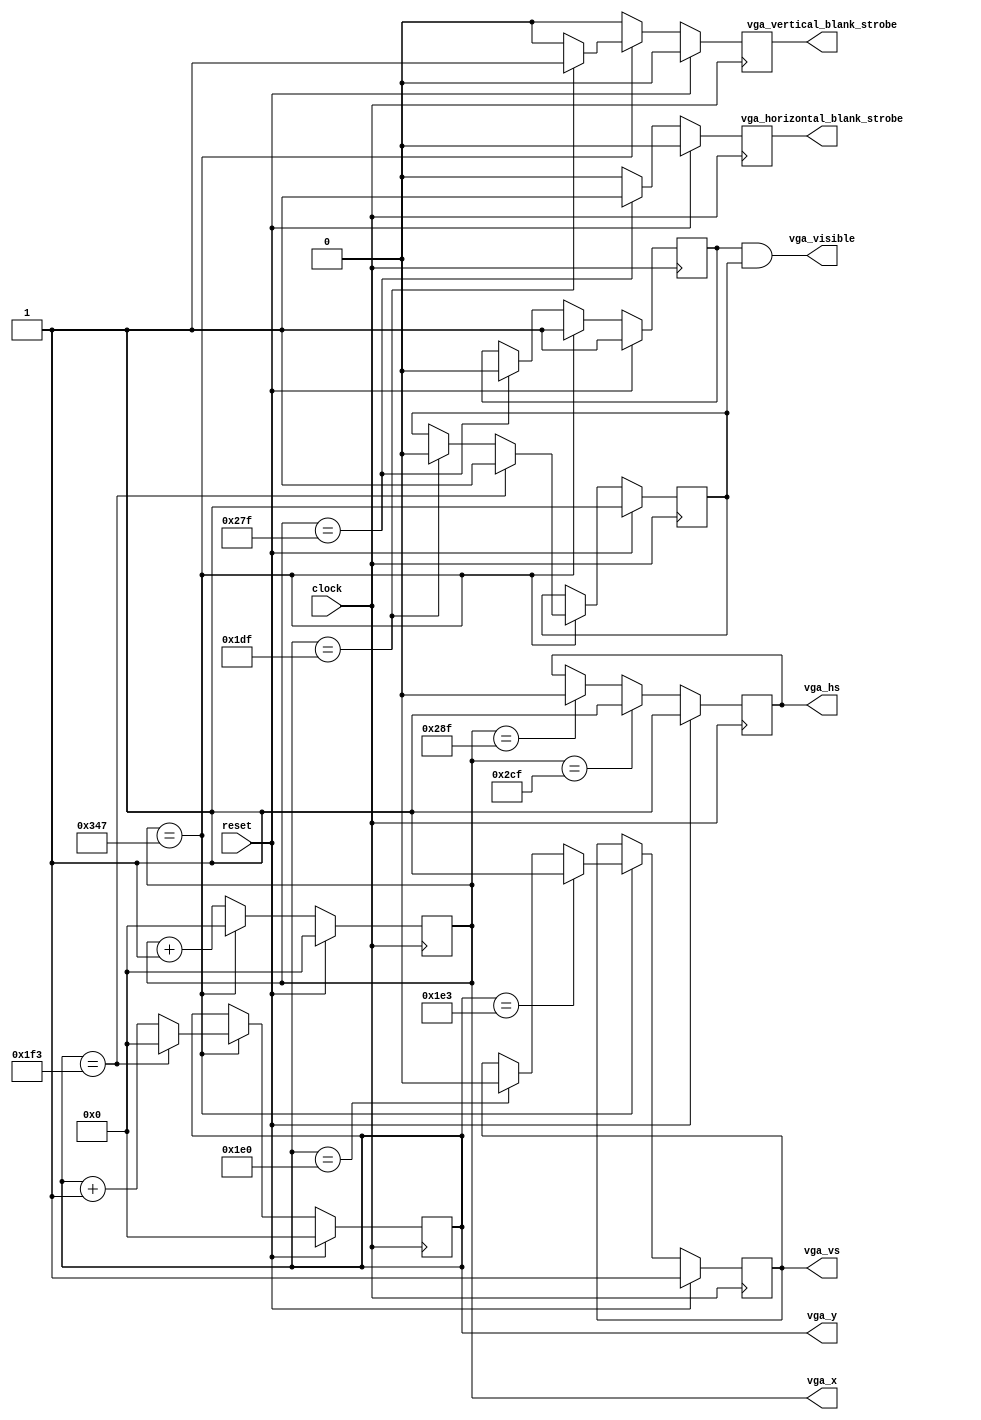
`default_nettype none
`timescale 1ns / 1ps

// https://www.mythtv.org/wiki/Modeline_Database#VESA_ModePool
// 640 	480 	75 Hz 	37.5 kHz 	ModeLine "640x480" 31.50 640 656 720 840 480 481 484 500 -HSync -VSync

// The implementation of the VGA timing signals is very naive, but
// this way is easy to understand and immediately relatable to the
// ModeLine parameters.
//
// Pixels are visible if vga_visible
// vga_horizontal_blank_strobe marks the beginning of the horizontal blanking
// vga_vertical_blank_strobe marks the beginning of the vertical blanking
module vga(input  wire      clock,
           input wire       reset,
           output wire      vga_visible,
           output reg       vga_horizontal_blank_strobe, // one clock wide pulse pr line
           output reg       vga_vertical_blank_strobe, // one clock wide pulse pr frame
           output reg       vga_hs,
           output reg       vga_vs,
           output reg [9:0] vga_x,
           output reg [9:0] vga_y );

   parameter      M1 = 10 'd 640;
   parameter      M2 = 10 'd 656;
   parameter      M3 = 10 'd 720;
   parameter      M4 = 10 'd 840;
   parameter      M5 = 10 'd 480;
   parameter      M6 = 10 'd 481;
   parameter      M7 = 10 'd 484;
   parameter      M8 = 10 'd 500;
   parameter      hs_active = 1'd 0; // negative sync
   parameter      vs_active = 1'd 0;

   reg            vga_horizontal_visible, vga_vertical_visible;
   assign vga_visible = vga_horizontal_visible & vga_vertical_visible;

   always @(posedge clock) begin
      vga_vertical_blank_strobe <= 0;
      vga_horizontal_blank_strobe <= 0;

      vga_x <= vga_x + 1;

      if (vga_x == M1-1) begin
         vga_horizontal_blank_strobe <= 1;
         vga_horizontal_visible <= 0;
      end

      if (vga_x == M2-1)
        vga_hs <= hs_active;

      if (vga_x == M3-1)
        vga_hs <= !hs_active;

      if (vga_x == M4-1) begin
         vga_horizontal_visible <= 1;
         vga_x <= 0;
         vga_y <= vga_y + 1;

         if (vga_y == M5-1) begin
            vga_vertical_blank_strobe <= 1;
            vga_vertical_visible <= 0;
         end

         if (vga_y == M6-1)
           vga_vs <= vs_active;

         if (vga_y == M7-1)
           vga_vs <= !vs_active;

         if (vga_y == M8-1) begin
            vga_y <= 0;
            vga_vertical_visible <= 1;
         end
      end

      if (reset) begin
         vga_x <= 0;
         vga_y <= 0;
         vga_hs <= !hs_active;
         vga_vs <= !hs_active;
         vga_vertical_visible <= 1;
         vga_horizontal_visible <= 1;
         vga_vertical_blank_strobe <= 0;
         vga_horizontal_blank_strobe <= 0;
      end
   end
endmodule


`ifdef SIMVGA
module tb;
   reg clock = 1;
   reg reset = 1;
   wire hour_button;
   wire minute_button;
   wire [3:0] debug_sel;

   wire       vga_hs;
   wire       vga_vs;
   wire [7:0] debug_out;

   wire       vga_visible, vga_vertical_visible, vga_horizontal_visible;
   wire       vga_horizontal_blank_strobe, vga_vertical_blank_strobe;

   always #5 clock = ~clock;

   vga vga_inst(.clock(clock),
                .reset(reset),
                .vga_visible(vga_visible),
                .vga_horizontal_blank_strobe(vga_horizontal_blank_strobe),
                .vga_vertical_blank_strobe(vga_vertical_blank_strobe),
                .vga_hs(vga_hs),
                .vga_vs(vga_vs));

   initial begin
      $dumpfile("vga.vcd");
      $dumpvars(0, vga_inst);
      #20 reset = 0;
      #10000000 $finish;
   end
endmodule
`endif